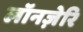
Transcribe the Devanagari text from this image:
लॉनज़ेरि